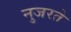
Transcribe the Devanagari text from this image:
नुजरते